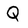
Character: Q